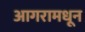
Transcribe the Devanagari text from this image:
आगरामधून